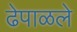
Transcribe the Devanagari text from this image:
ढेपाळले